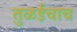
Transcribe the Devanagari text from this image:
तुळईचाच